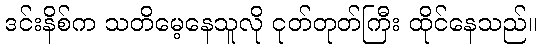
ဒင်းနိစ်က သတိမေ့နေသူလို ငုတ်တုတ်ကြီး ထိုင်နေသည်။